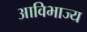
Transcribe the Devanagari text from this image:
आविभाज्य